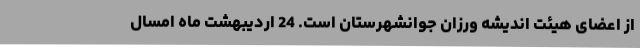
از اعضای هیئت اندیشه ورزان جوانشهرستان است. 24 اردیبهشت ماه امسال